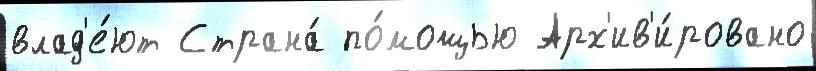
влад'е́ют Страна́ по́мощью Арх'ив'и́ровано